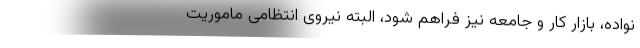
نواده، بازار کار و جامعه نیز فراهم شود، البته نیروی انتظامی ماموریت